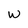
Character: w